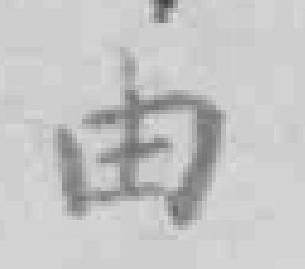
由